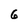
Character: 6